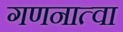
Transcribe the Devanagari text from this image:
गणनात्वा